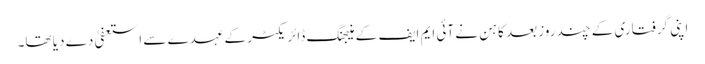
اپنی گرفتاری کے چند روز بعد کاہن نے آئی ایم ایف کے منیجنگ ڈائریکٹر کے عہدے سے استعفیٰ دے دیا تھا۔